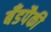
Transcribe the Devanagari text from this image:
बँडपैकी